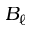
B _ { \ell }